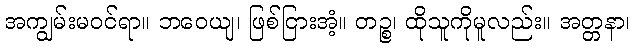
အကျွမ်းမဝင်ရာ။ ဘဝေယျ၊ ဖြစ်ငြားအံ့။ တဉ္စ၊ ထိုသူကိုမူလည်း။ အတ္တနာ၊